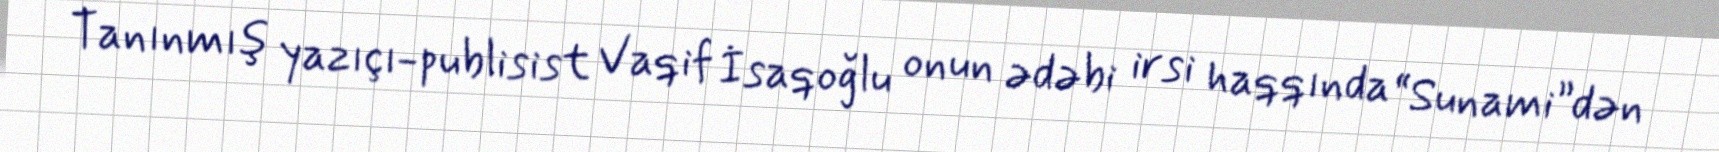
Tanınmış yazıçı-publisist Vaqif İsaqoğlu onun ədəbi irsi haqqında “Sunami”dən